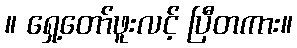
။ ရှေ့တော်ဖူးလင့် ပြီတကား။